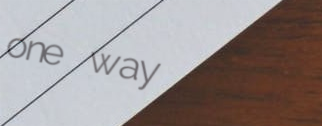
one way